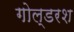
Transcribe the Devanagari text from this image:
गोल्डरश